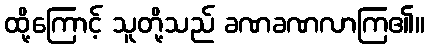
ထို့ကြောင့် သူတို့သည် ခဏခဏလာကြ၏။